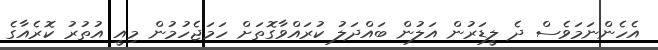
އެހެންނަމަވެސް ދެ ލީޑަރުން އަލުން ބައްދަލު ކުރައްވާގޮތަށް ހަމަޖެހުމުން މިއީ އުތުރު ކޮރެއާގެ